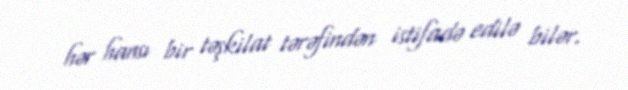
hər hansı bir təşkilat tərəfindən istifadə edilə bilər.